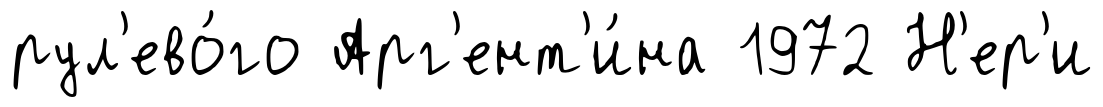
рул'ево́го Арг'ент'и́на 1972 Н'ер'и